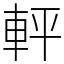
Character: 軯